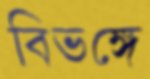
বিভঙ্গে